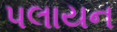
પલાયન